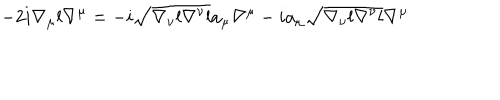
LaTeX: - 2 i \nabla _ { \mu } l \nabla ^ { \mu } = - i \sqrt { \nabla _ { \nu } l \nabla ^ { \nu } l } a _ { \mu } \nabla ^ { \mu } - i a _ { \mu } \sqrt { \nabla _ { \nu } l \nabla ^ { \nu } l } \nabla ^ { \mu }